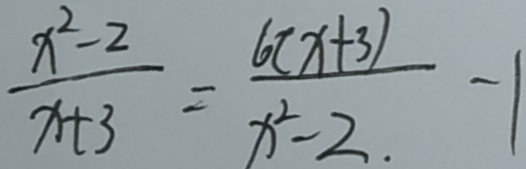
\frac { x ^ { 2 } - 2 } { x + 3 } = \frac { 6 ( x + 3 ) } { x ^ { 2 } - 2 . } - 1